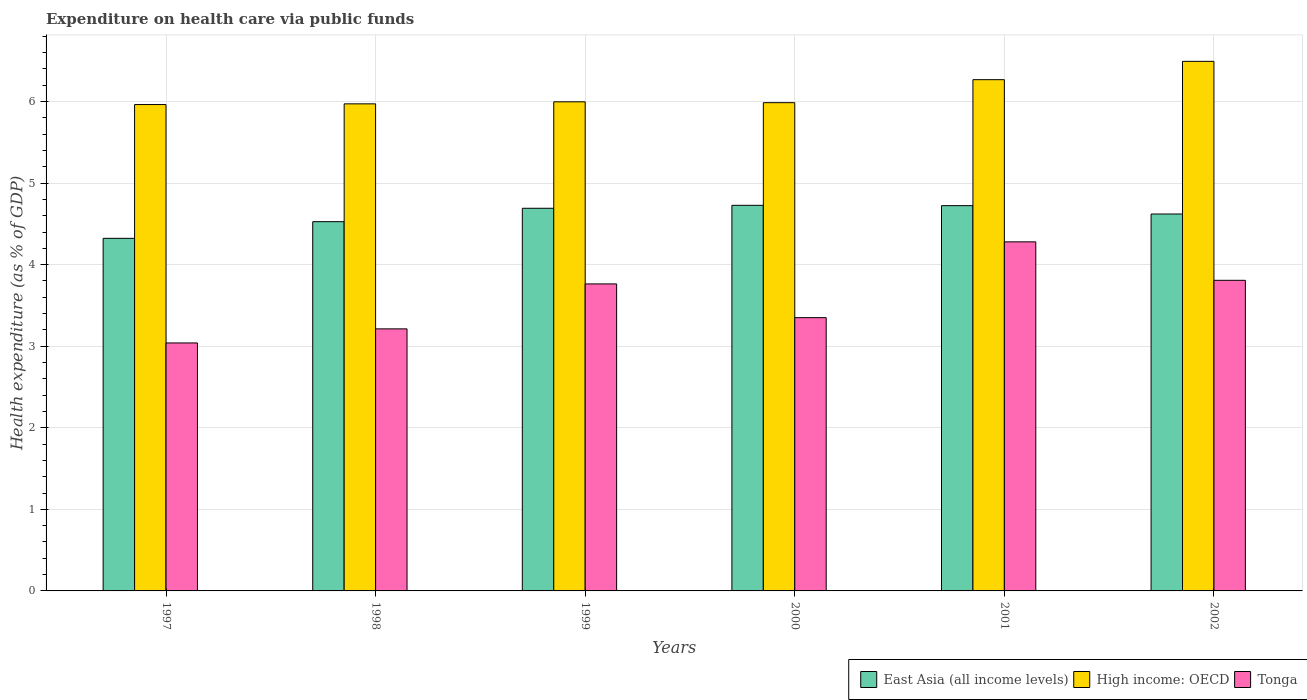
| Years | East Asia (all income levels) | High income: OECD | Tonga |
 | --- | --- | --- | --- |
 | 1997 | 4.32 | 5.96 | 3.04 |
 | 1998 | 4.53 | 5.97 | 3.21 |
 | 1999 | 4.69 | 6 | 3.76 |
 | 2000 | 4.73 | 5.99 | 3.35 |
 | 2001 | 4.72 | 6.27 | 4.28 |
 | 2002 | 4.62 | 6.49 | 3.81 |